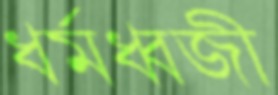
ধর্মধ্বজী